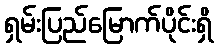
ရှမ်းပြည်မြောက်ပိုင်းရှိ